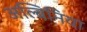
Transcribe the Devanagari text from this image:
अल्बिनिया